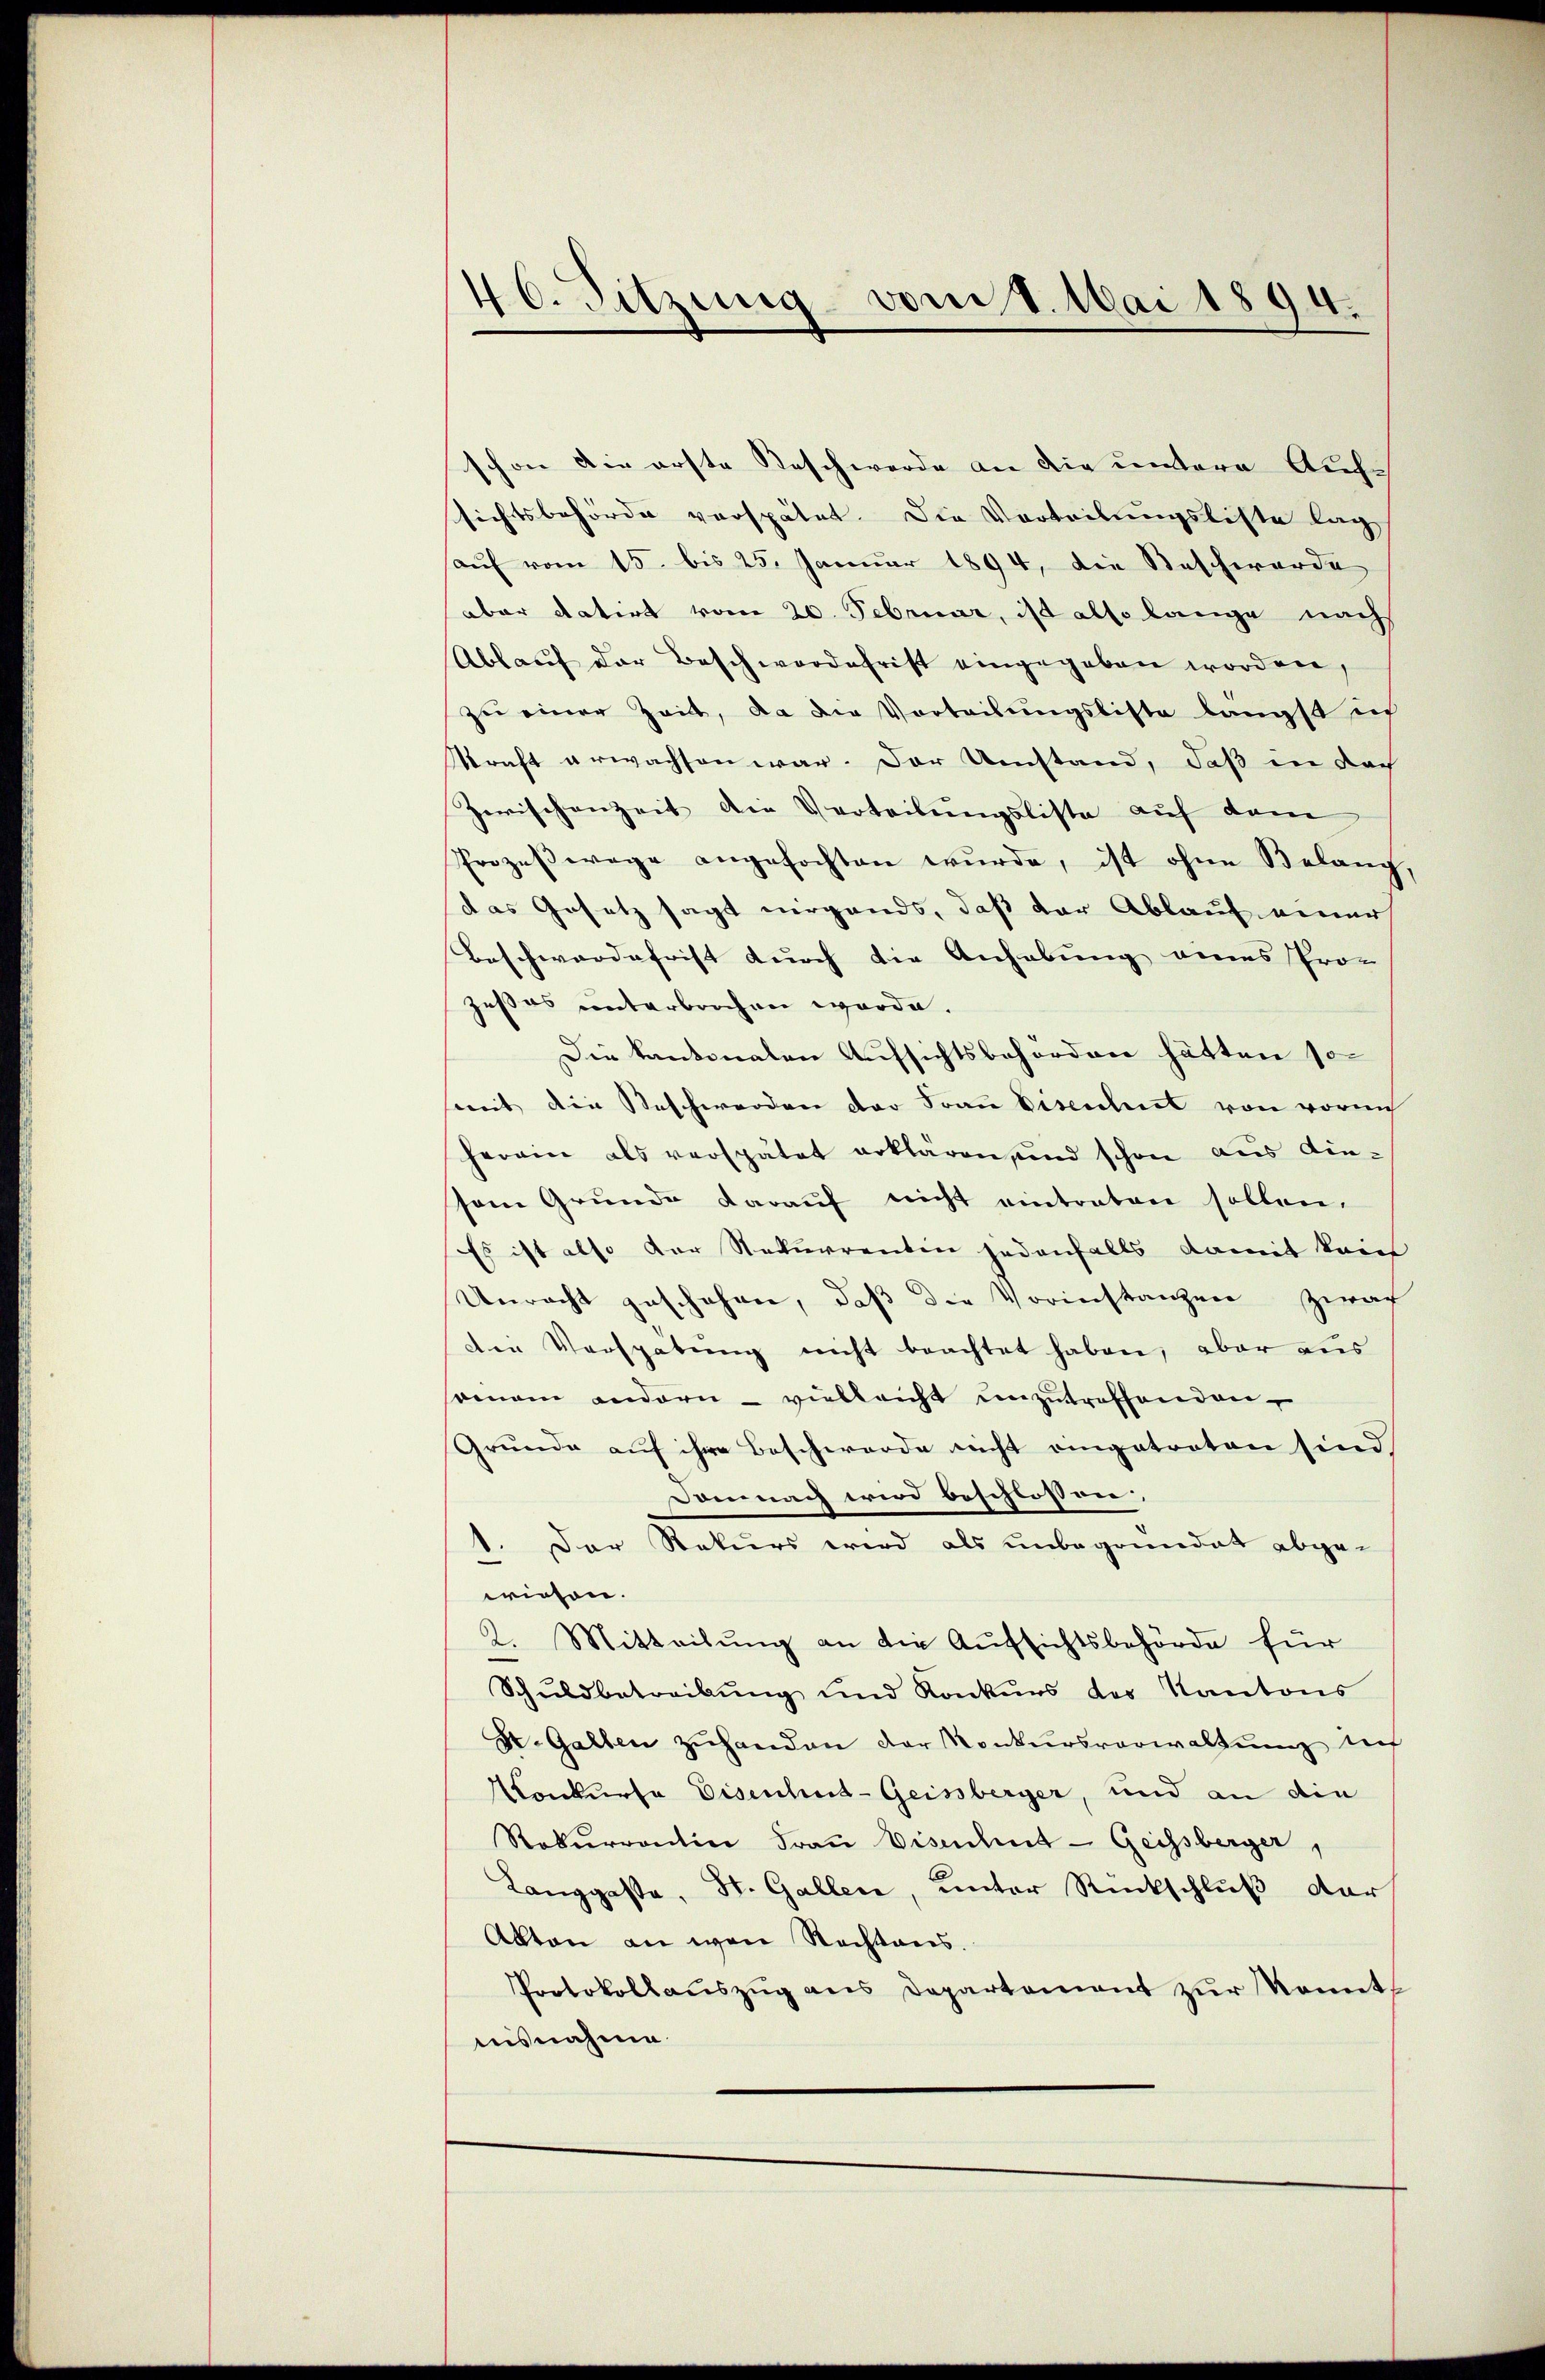
46. Sitzung vom 8. Mai 1894.

schon die erste Taschwerde an die untere Ausch
sichtsbehörde verspätet. Die Vorteilungsliste lag
auf vom 15. bis 25. Januar 1894, die Beschwerde
aber datirt vom 20. Februar, ist also lange nach
Ablauf der Beschwerdefrist eingegeben worden,
zu einer Zeit, da die Vorteilungsliste längst in
Kraft erwachsen war. Der Umstand, daß in doch
Zwischenzeit die Verteilŭngsliste auf dem
Prozeβwage angefochten wurde, ist ohne Belang
das Gesetz sagt nirgends, daß der Ablauf einer
Beschwerdefrist durch die Anhebung eines Pro- |
zeßes unterbrochen werde.
Die kantonalen Aufsichtsbehörden hätten so
seit die Beschwerden der Frau Biseschnet von vornich
herein als verspätet erklären, und schon aus die-
sem Grunde darauf nicht eintraten sollen.
Es ist also der Rekurrenten jedenfalls damit kein
Unrecht geschehen, daß die Vorinstanzen zwar
Die Verspätung nicht beachtet haben, aber aus
omnem andern - vielleicht unzutreffenden
Grunde auf ihre Beschwerde nicht eingetreten sind.
Domnach wird beschlossen,
1. Der Rekurs wird als unbegründet abge-
wiesen.
2. Mitteilŭng an die Aufsichtsbehörde für
Schŭldbetreibŭng und Konkŭrs des Kantons
Z. Gallen zŭ handen der Konkursverwaltung in
Konkurse Eisenhus- Geisberger, und an die
Rekurrentin Fraŭ Eisenhut - Geissberger,
Langgasse, St. Gallen, unter Rückschluß dar
Akten an war Rechtans.
Protokollauszug aus Departement zur konnt
nisnahme